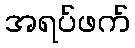
အရပ်ဖက်